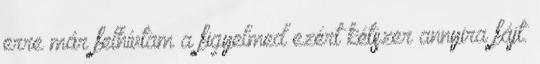
erre már felhívtam a figyelmed ezért kétszer annyira fájt.